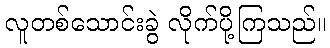
လူတစ်သောင်းခွဲ လိုက်ပို့ကြသည်။